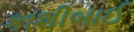
કાશીબાઈ